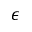
\epsilon